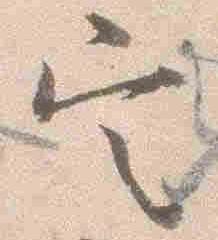
定